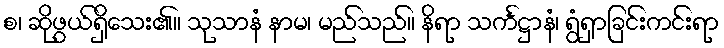
စ၊ ဆိုဖွယ်ရှိသေး၏။ သုသာနံ နာမ၊ မည်သည်။ နိရာ သင်္ကဋ္ဌာနံ၊ ရွံရှာခြင်းကင်းရာ